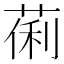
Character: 𬝒